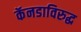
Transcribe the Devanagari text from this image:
कॅनडाविरुद्ध